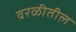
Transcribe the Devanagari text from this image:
वरळीतील